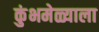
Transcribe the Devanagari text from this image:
कुंभमेळ्याला